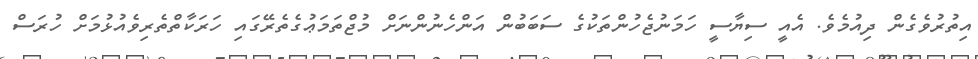
އިތުރުވެގެން ދިއުމެވެ. އެއީ ސިޔާސީ ހަމަނުޖެހުންތަކުގެ ސަބަބުން އަންހެނުންނަށް މުޖްތަމަޢުގެތެރޭގައި ހަރަކާތްތެރިވެއުޅުމަށް ހުރަސް